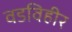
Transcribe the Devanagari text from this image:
वडविहीर